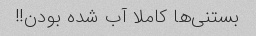
بستنی‌ها کاملا آب شده بودن!!